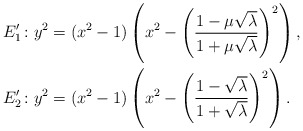
\begin{align*}E_1' &\colon y^2= (x^2-1)\left(x^2-\left(\frac{1-\mu\sqrt{\lambda}}{1+\mu\sqrt{\lambda}}\right)^2\right),\\E_2' &\colon y^2= (x^2-1)\left(x^2-\left(\frac{1-\sqrt{\lambda}}{1+\sqrt{\lambda}}\right)^2\right).\end{align*}